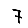
Digit: 7